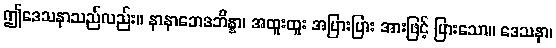
ဤဒေသနာသည်လည်း။ နာနာဘေဒဘိန္နာ၊ အထူးထူး အပြားပြား အားဖြင့် ပြားသော။ ဒေသနာ၊